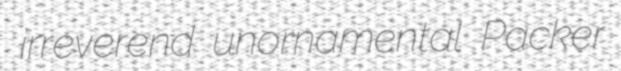
irreverend unornamental Packer